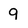
Character: g